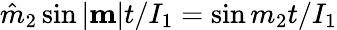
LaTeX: \hat{m}_{2}\sin|{\mathbf m}|t/I_{1}=\sin m_{2}t/I_{1}